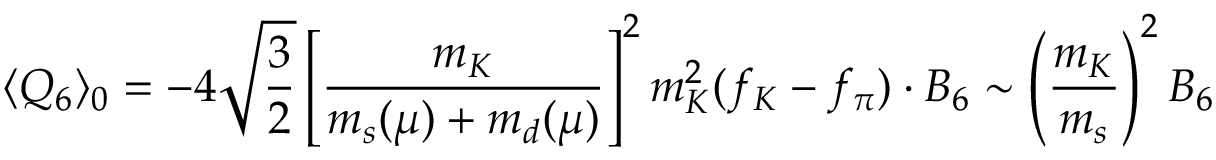
\langle Q _ { 6 } \rangle _ { 0 } = - 4 \sqrt { \frac { 3 } { 2 } } \left[ \frac { m _ { K } } { m _ { s } ( \mu ) + m _ { d } ( \mu ) } \right] ^ { 2 } m _ { K } ^ { 2 } ( f _ { K } - f _ { \pi } ) \cdot B _ { 6 } \sim \left( \frac { m _ { K } } { m _ { s } } \right) ^ { 2 } B _ { 6 }